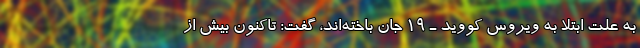
به علت ابتلا به ویروس کووید ـ ۱۹ جان باخته‌اند، گفت: تاکنون بیش از